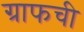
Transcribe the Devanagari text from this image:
ग्राफची